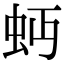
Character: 𧉄